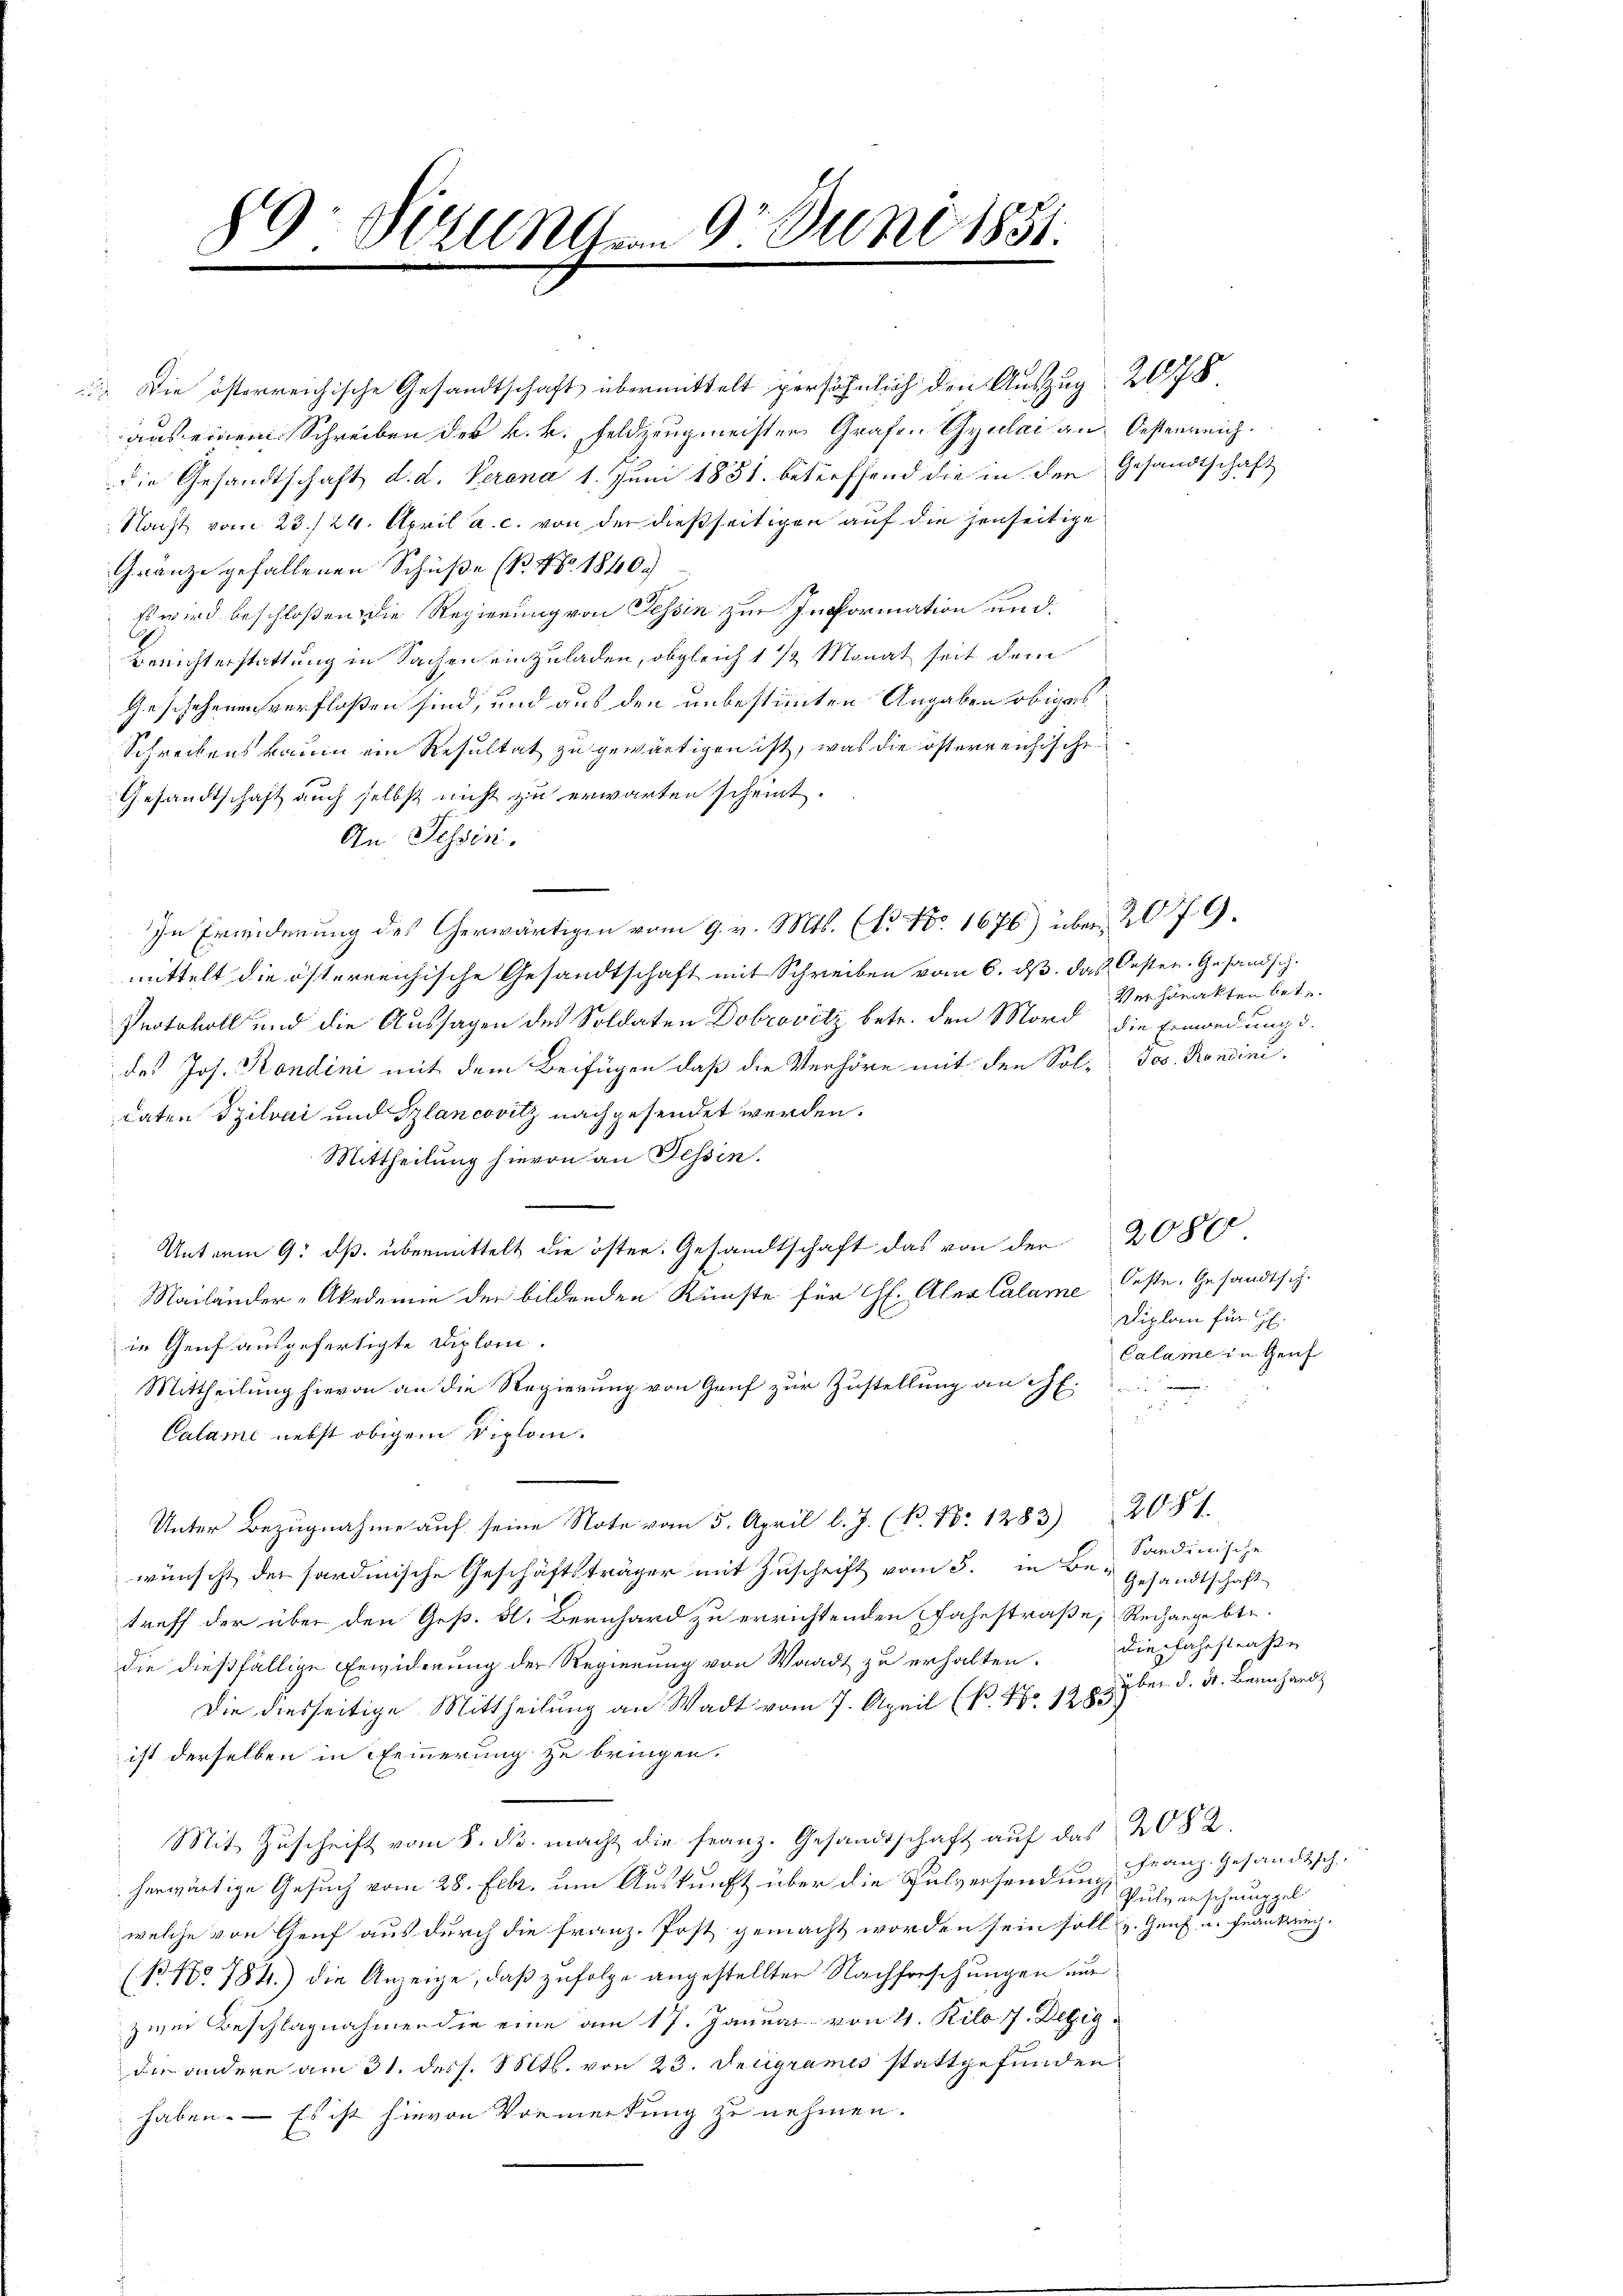
89. Berunterm 9. Juni 1881.

dDie österreichische Gesandtschaft übermittelt persöhnlich den Auszug 2178
aus einem Schreiben der k. k. Feldzeugmeister Grafen Gyulai an Oesterreich.
die Gesandtschaft d. d. Verana 1. Juni 1851. betreffend die in der Gesandtschaft
Nacht vom 23./24. April a. c. von der dießseitigen auf die jenseitige
Gränze gefallenen Schüße (B. Nr. 1840.
Es wird beschloßen die Regierung von Tessin zur Information und
Berichterstattung in Sachen einzuladen, obgleich 1 1/2 Monat seit dem
Geschehenen verfloßen sind, und aus den unbestimmten Angaben obiges
Schreibens kaum ein Resultat zu gewärtigen ist, was die österreichische
Gesandtschaft auch selbst nicht zu erwarten scheint.
An Tessin.
In Erwiderung des Cherwärtigen vom 9. v. Mts. (T. No. 1676) über 2079.
mittelt die österreichische Gesandtschaft mit Schreiben vom 6. ds. das Oesten. Gesandsch.
Protokoll und die Aussagen des Soldaten Dobrovitz betr. den Mord die Ermordung d.
des Jos. Kondini mit dem Beifügen, daß die Verhöre mit den Sol- Jos. Rondini
daten Szilvai und Szlancovitz nachgesendet werden.
Mittheilung hievon an Tessin.
Unterm 9. ds. übermittelt die öster. Gesandtschaft das von der 208
Mailänder „Akademie der bildenden Künste für H. Aber Calame beste Gesandtschin Genf ausgefertigte Diplom.
Mittheilung hievon an die Regierung von Genf zur Zustellung an E.

Calame nebst obigem Diplom.
Unter Bezugnahme auf seine Note vom 5. April l. J. (N. N. 1283) 2081.
wünscht der sardinische Geschäftsträger mit Zuschrift vom 3. in Be- Condinische
Gesandtschaft
treff der über den Ges. A. Bernhard zu errichtenden Fahrstraße, Rechangebte.
die dießfällige Erwiderung der Regierung von Waadt zu erhalten.
Die diesseitige Mittheilung an Wadt vom 7. April (B. No 1283)
ist derselben in Feinerung zu bringen.
Mit Zŭschrift vom 8. ds. macht die franz. Gesandtschaft aŭf das 2082.
herwärtige Gesuch vom 28. Febr. um Auskunft über die Pulversendung, Franz. Gesandtsch
welche von Genf aus durch die Franz. Post gemacht worden sein soll u. Genf u. Frankung.
(N No 784.) die Anzeige, daß zufolge angestellten Nachforschungen und
zwei Beschlagnahmen die eine am 17. Januar von 4. Kilo 17. Dezig
die andere am 31. dess. Mts. von 23. Decigrames stattgefunden
haben. — Es ist hievon Vormerkung zu nehmen.

Verhörakten bet

Diplan für H.
Calame in Genf

die Fahrstrafen
uber d. d. Bernhand

Pulverschmüppel